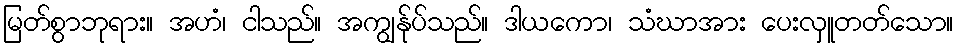
မြတ်စွာဘုရား။ အဟံ၊ ငါသည်။ အကျွန်ုပ်သည်။ ဒါယကော၊ သံဃာအား ပေးလှူတတ်သော။